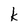
Character: k